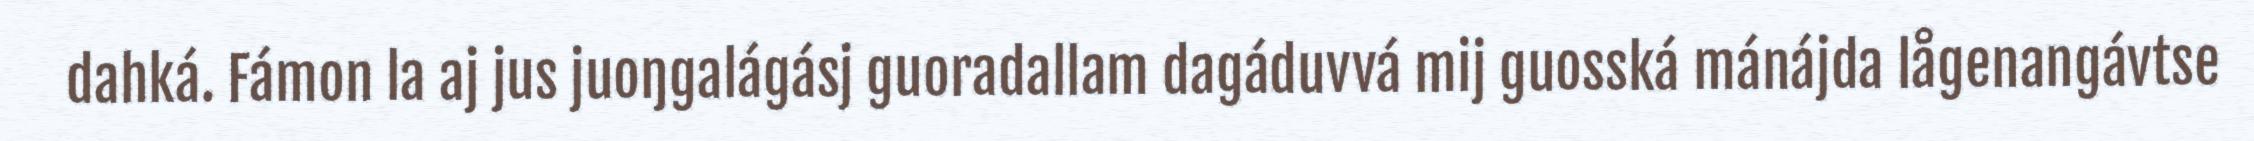
dahká. Fámon la aj jus juoŋgalágásj guoradallam dagáduvvá mij guosská mánájda lågenangávtse